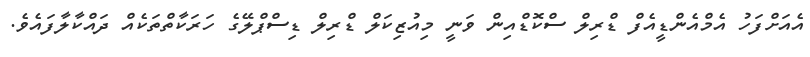
އެއަށްފަހު އެމްއެންޑީއެފް ޑްރިލް ސްކޮޑްއިން ވަނީ މިއުޒިކަލް ޑްރިލް ޑިސްޕްލޭގެ ހަރަކާތްތަކެއް ދައްކާލާފައެވެ.